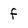
Character: f